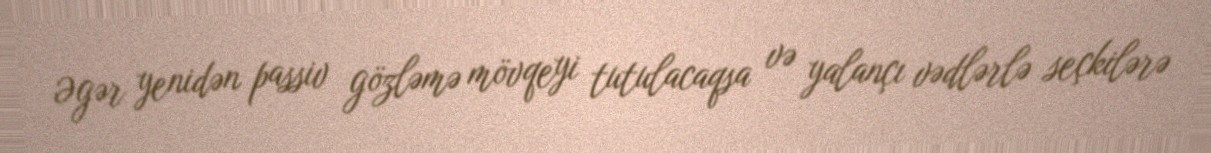
Əgər yenidən passiv gözləmə mövqeyi tutulacaqsa və yalançı vədlərlə seçkilərə